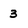
Character: 3